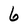
Character: 6